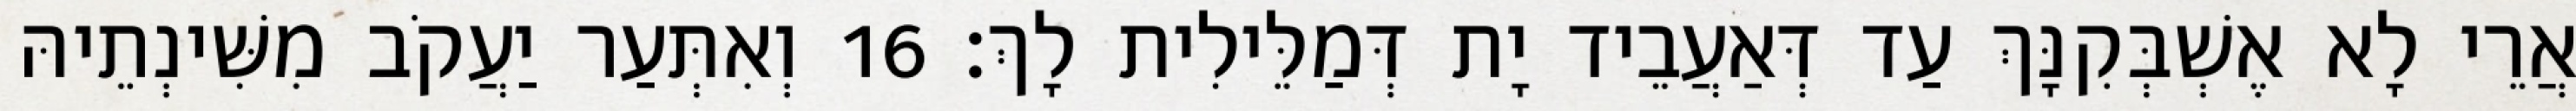
אֲרֵי לָא אֶשְׁבְּקִנָּךְ עַד דְּאַעֲבֵיד יָת דְּמַלֵּילִית לָךְ׃ 16 וְאִתְּעַר יַעֲקֹב מִשִּׁינְתֵיהּ